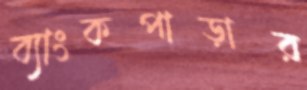
ব্যাংকপাড়ার